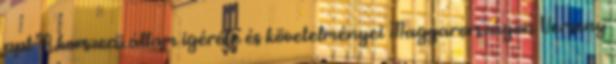
ppt "A korszerü állam igérete és követelményei Magyarországon Verseny